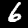
Label: 6